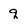
Character: q